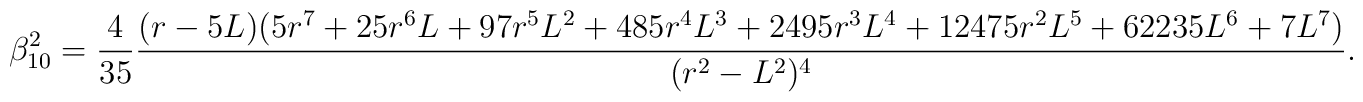
\beta_{10}^{2}=\frac{4}{35}\frac{(r-5L)(5r^7+25r^6 L+97 r^5 L^2 +485r^4 L^3 +2495 r^3 L^4 + 12475 r^2 L^5 +62235 L^6 +7L^7)}{(r^2-L^2)^4}.